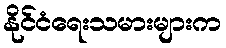
နိုင်ငံရေးသမားများက